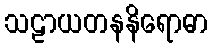
သဠာယတနနိရောဓာ